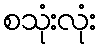
စသုံးလုံး